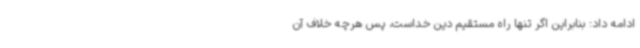
ادامه داد: بنابراین اگر تنها راه مستقیم دین خداست، پس هرچه خلاف آن